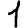
Digit: 1